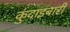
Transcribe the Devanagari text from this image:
कुंदाइबारी